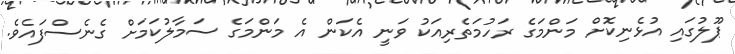
ޕޫލުގައި އުޅެނިކޮށް މަންމަގެ ރަހުމަތެރިއަކު ވަނީ އެކަން އެ މަންމަގެ ސަމާލުކަމަށް ގެނެސްފައެވެ.